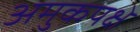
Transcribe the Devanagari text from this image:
अमुकपक्षे